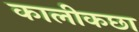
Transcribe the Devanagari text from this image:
कालीकछा